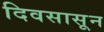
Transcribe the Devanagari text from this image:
दिवसासून